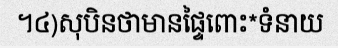
។៤)សុបិនថាមានផ្ទៃពោះ*ទំនាយ